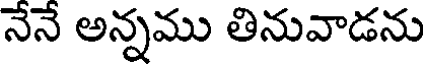
నేనే అన్నము తినువాడను